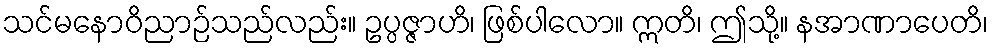
သင်မနောဝိညာဉ်သည်လည်း။ ဥပ္ပဇ္ဇာဟိ၊ ဖြစ်ပါလော။ ဣတိ၊ ဤသို့။ နအာဏာပေတိ၊